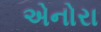
એનોરા